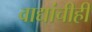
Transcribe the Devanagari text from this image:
वाद्यांचीही